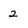
Character: 2